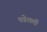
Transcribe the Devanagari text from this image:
पडेलली